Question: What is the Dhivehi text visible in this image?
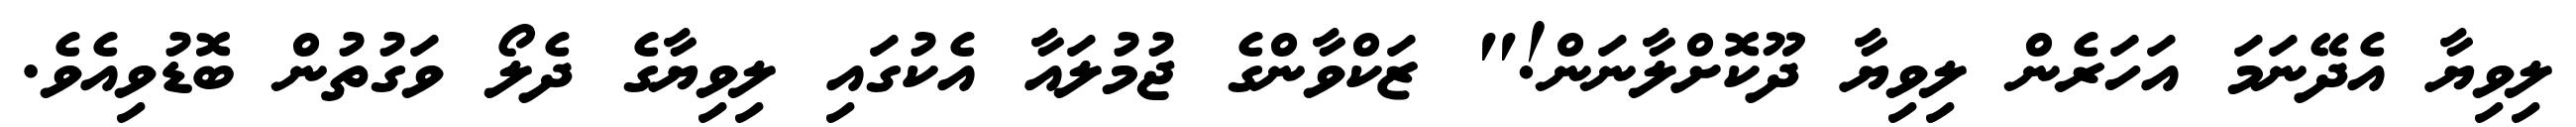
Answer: ލިވިޔާ އެދޭނަމަ އަހަރެން ލިވިޔާ ދޫކޮށްލާނަން!" ޒަކްވާންގެ ޖުމުލައާ އެކުގައި ލިވިޔާގެ ދެލޯ ވަގުތުން ބޮޑުވިއެވެ.